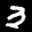
Label: 3